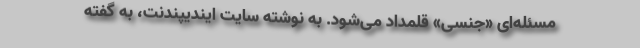
مسئله‌ای «جنسی» قلمداد می‌شود. به نوشته سایت ایندیپندنت، به گفته